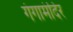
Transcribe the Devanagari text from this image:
गंगामंदिर